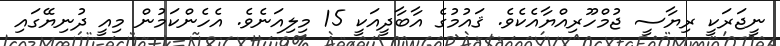
ނީޖަރަކީ ރިޔާސީ ޖުމްހޫރިއްޔާއެކެވެ. ޤައުމުގެ އާބާދީއަކީ 15 މިލިއަނެވެ. އެހެންކަމުން މިއީ ދުނިޔޭގައި